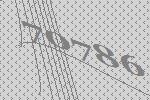
70786